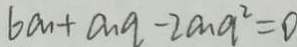
6 a + a n a - 2 a n a ^ { 2 } = 0